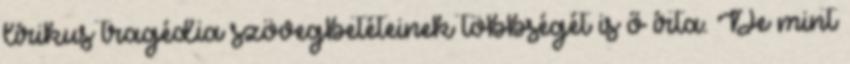
lírikus tragédia szövegbetéteinek többségét is ő írta. De mint